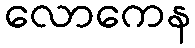
လောကေန